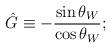
LaTeX: \begin{align*}\hat G \equiv - \frac {\sin \theta_W} {\cos \theta_W};\end{align*}